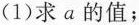
(1)求a的值；